Reports on dispensaries and lunatic asylums in the Province of Oudh - 1869-1876
Year: 1869
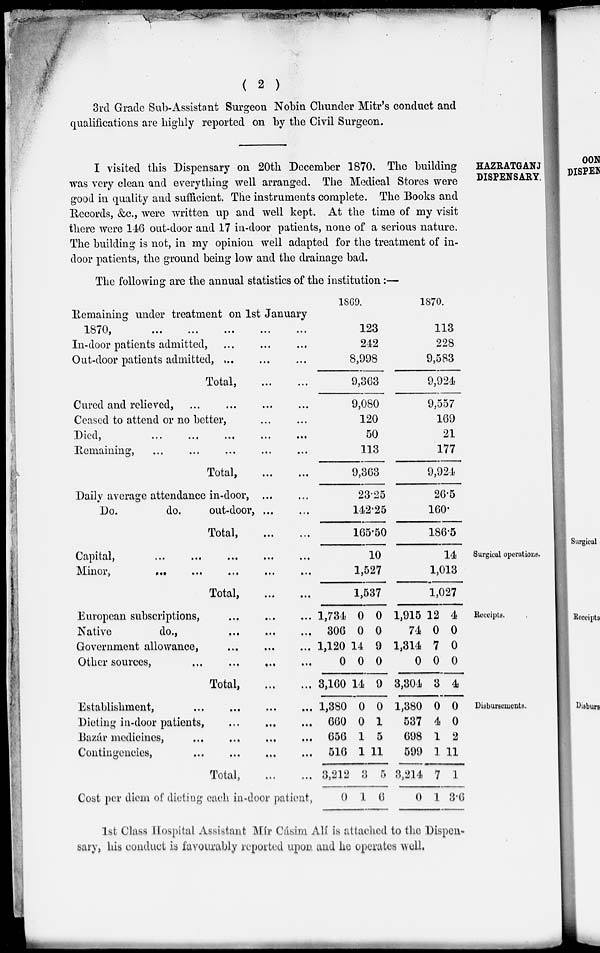
( 2 )
3rd Grade Sub-Assistant Surgeon Nobin Chunder Mitr's conduct and
qualifications are highly reported on by the Civil Surgeon.
HAZRATGANJ
DISPENSARY.
I visited this Dispensary on 20th December 1870. The building
was very clean and everything well arranged. The Medical Stores were
good in quality and sufficient. The instruments complete. The Books and
Records, &c., were written up and well kept. At the time of my visit
there were 146 out-door and 17 in-door patients, none of a serious nature.
The building is not, in my opinion well adapted for the treatment of in-
door patients, the ground being low and the drainage bad.
The following are the annual statistics of the institution :—
Remaining under treatment on 1st January
1870, ... ... ... ... ...
In-door patients admitted, ... ... ...
Out-door patients admitted, ... ... ...
Total, ... ...
Cured and relieved, ... ... ... ...
Ceased to attend or no better, ... ...
Died, ... ... ... ... ...
Remaining, ... ... ... ... ...
Total, ... ...
Daily average attendance in-door, ... ...
Do.
do.
out-door, ... ...
Total,
...
...
1869.
123
242
8,998
9,363
9,080
120
50
113
9,363
23.25
142.25
165.50
1870.
113
228
9,583
9,924
9,557
169
21
177
9,924
26.5
160.
186.5
Surgical operations.
Capital,
...
...
...
...
...
Minor,
...
...
...
...
...
Total,
10
1,527
1,537
14
1,013
1,027
Receipts.
European subscriptions,
...
...
...
Native
do.,
...
...
...
Government allowance,
...
...
...
Other sources,
...
...
...
...
Total,
...
...
1,734
306
1,120
0
3,160
0
0
14
0
14
0
0
9
0
9
1,915
74
1,314
0
3,304
12
0
7
0
3
4
0
0
0
4
Disbursements.
Establishment,
...
...
...
...
Dieting in-door patients,
...
...
...
Bazar medicines,
...
...
...
...
Contingencies,
...
...
...
...
Total,
...
...
Cost per diem of dieting each in-door patient,
1,380
660
656
516
3,212
0
0
0
1
1
3
1
0
1
5
11
5
6
1,380
537
698
599
3,214
0
0
4
1
1
7
1
0
0
2
11
1
3.6
1st Class Hospital Assistant Mír Cásim Alí is attached to the Dispen-
sary, his conduct is favourably reported upon and he operates well.